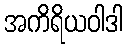
အကိရိယဝါဒါ